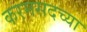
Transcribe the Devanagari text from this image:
करमसदच्या